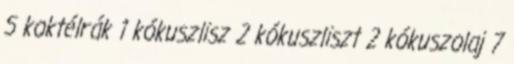
5 koktélrák 1 kókuszlisz 2 kókuszliszt 2 kókuszolaj 7